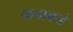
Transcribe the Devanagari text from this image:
कडाकडे